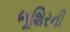
ભૂશિરની